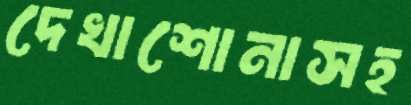
দেখাশোনাসহ